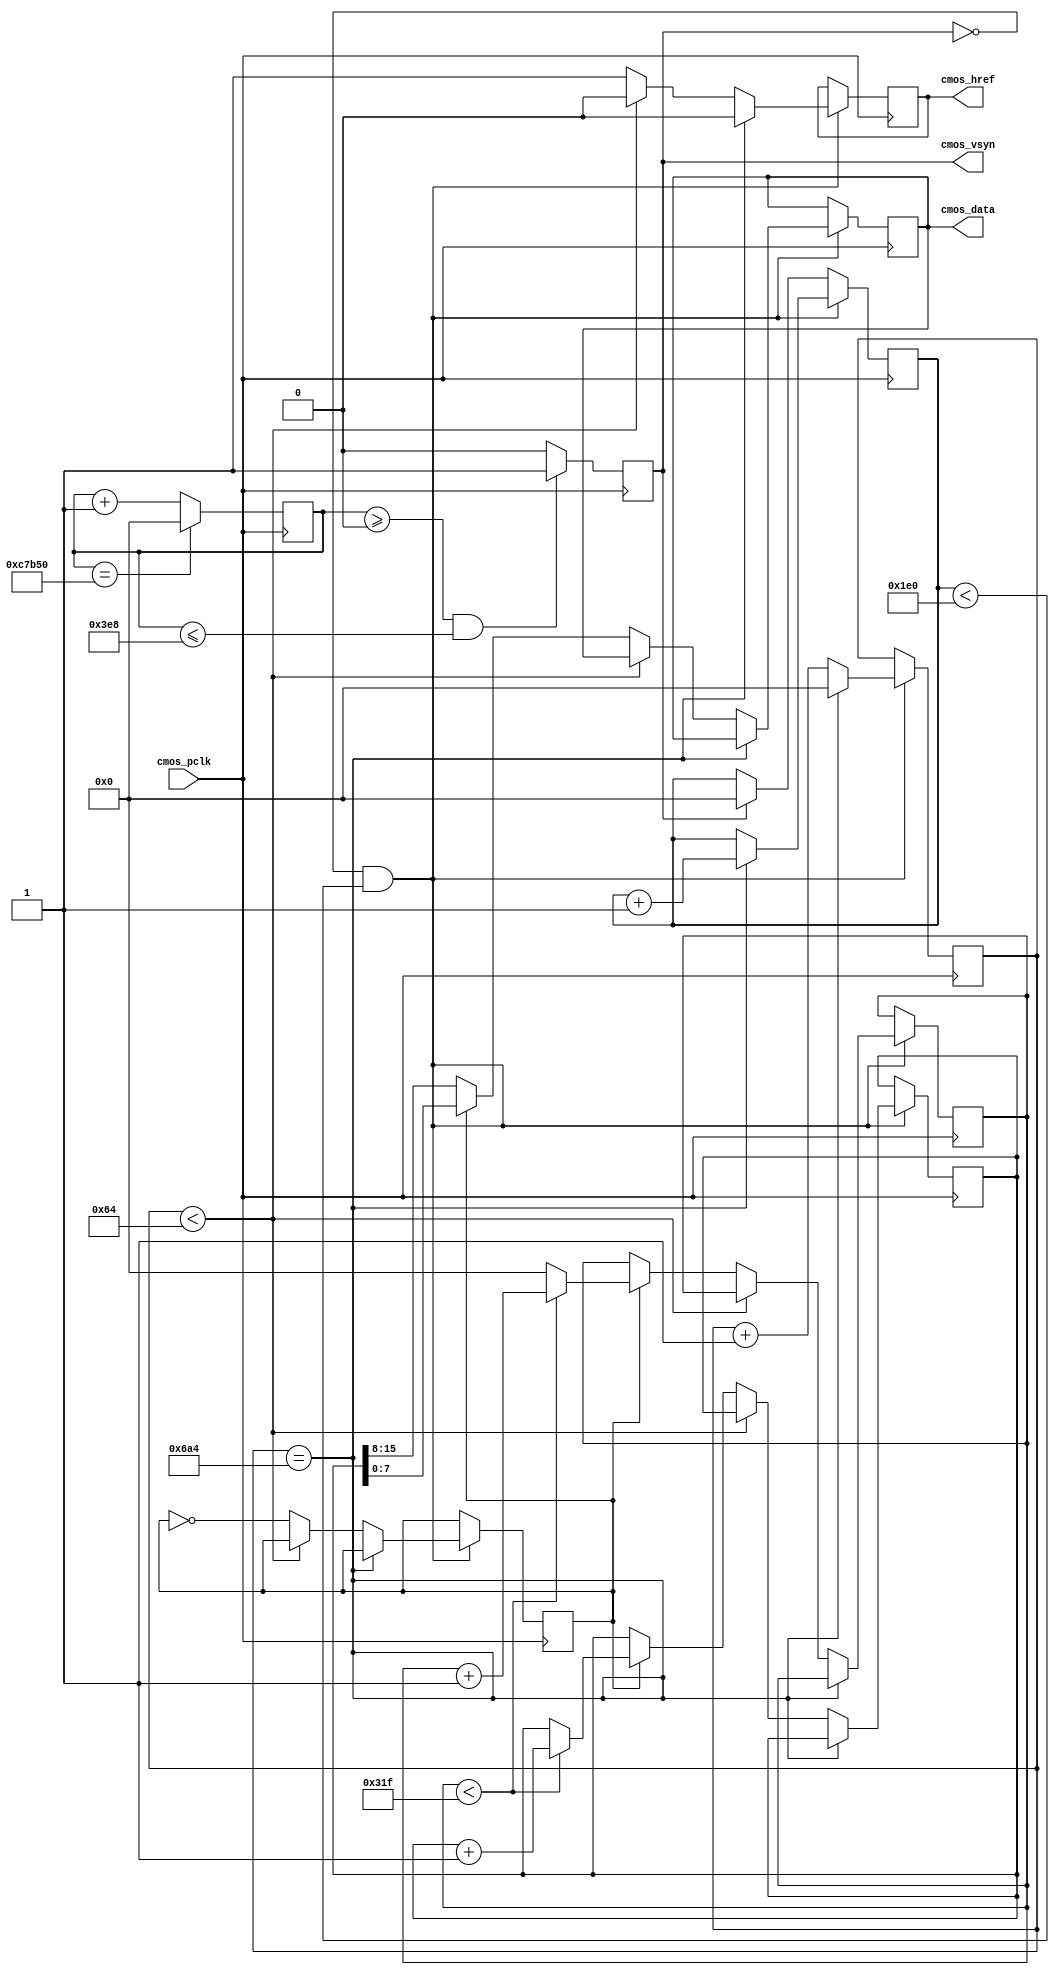
module generate_cam
(
	cmos_pclk		,
	cmos_data	,
	cmos_href	,
	cmos_vsyn
);

	input					cmos_pclk;
	output reg[7:0]		cmos_data;
	output		 reg	cmos_href;	
	output		 reg	cmos_vsyn;	
	parameter	hor_num 	 = 800;
	parameter	ver_num 	 = 480;
	parameter	horX2_100 	 = hor_num*2+100;
	parameter	total_length = (ver_num * horX2_100) + 2000;
	
	reg[31:0] cnt = 0;
	reg[31:0] cnt_row = 0;
	reg[31:0] cnt_pix = 0;
	reg[15:0] cam_data = 16'h8000;
	reg[15:0] cam_data2 = 16'h8000;
	reg[31:0] cnt_cam = 0;
	reg		  cam_data_bit = 0;
	
	reg[15:0]	red 	= 	16'h1111_1000_0000_0000;
	reg[15:0]	green 	= 	16'h0000_0111_1110_0000;
	reg[15:0]	blue 	= 	16'h0000_0000_0001_1111;
	always @(posedge cmos_pclk) begin
		if(cnt == total_length) begin
			cnt <= 0;
		end
		else begin
			cnt <= cnt + 1;
		end
		
		if( cnt >= 0 && cnt <= 1000) begin  // after  sdram initialized
			cmos_vsyn <= 1;
		end
		else begin
			cmos_vsyn <= 0;
		end
		
		if(cmos_vsyn == 0 && cnt_row < ver_num) begin
			if(cnt_pix == horX2_100 ) begin
				cnt_row <= cnt_row + 1;
				cnt_pix <= 0;
				cmos_href <= 0;
			end
			else begin
				cnt_pix <= cnt_pix + 1;
				if(cnt_pix < 100) begin
					cmos_href <= 0;
				end
				else begin
					cam_data_bit <= ~cam_data_bit;
					cmos_href <= 1;
					if(cam_data_bit == 0) begin
						cmos_data <= cam_data2[15:8];
					end
					else if(cam_data_bit == 1) begin
						cmos_data <= cam_data2[7:0];
						if(cnt_cam[31:0] < hor_num - 1) begin
							cnt_cam[31:0] <= cnt_cam[31:0] + 1;
							cam_data2 <= cam_data2 + 1;
							if(cnt_cam[31:0] < 79)  begin cam_data[15:0] <=  16'b1000_0000_0000_0000; end  //red
							else if(cnt_cam[31:0] < 159) begin cam_data[15:0] <=  16'b0100_0000_0000_0000; end  //red
							else if(cnt_cam[31:0] < 239) begin cam_data[15:0] <=  16'b0010_0000_0000_0000; end  //red
							else if(cnt_cam[31:0] < 319) begin cam_data[15:0] <=  16'b0001_0000_0000_0000; end  //red
							else if(cnt_cam[31:0] < 399) begin cam_data[15:0] <=  16'b0000_1000_0000_0000; end  //red
							else if(cnt_cam[31:0] < 479) begin cam_data[15:0] <=  16'b0000_0100_0000_0000; end  //green
							else if(cnt_cam[31:0] < 559) begin cam_data[15:0] <=  16'b0000_0010_0000_0000; end  //green
							else if(cnt_cam[31:0] < 639) begin cam_data[15:0] <=  16'b0000_0001_0000_0000; end  //green				
							else if(cnt_cam[31:0] < 719) begin cam_data[15:0] <=  16'b0000_0000_1000_0000; end  //green
							else if(cnt_cam[31:0] < 799) begin cam_data[15:0] <=  16'b0000_0000_0100_0000; end  //green
							else if(cnt_cam[31:0] < 879) begin cam_data[15:0] <=  16'b0000_0000_0010_0000; end  //green
							else if(cnt_cam[31:0] < 959) begin cam_data[15:0] <=  16'b0000_0000_0001_0000; end  //blue
							else if(cnt_cam[31:0] < 1039) begin cam_data[15:0] <= 16'b0000_0000_0000_1000; end  //blue
							else if(cnt_cam[31:0] < 1119) begin cam_data[15:0] <= 16'b0000_0000_0000_0100; end  //blue
							else if(cnt_cam[31:0] < 1199) begin cam_data[15:0] <= 16'b0000_0000_0000_0010; end  //blue
							else if(cnt_cam[31:0] < 1279) begin cam_data[15:0] <= 16'b0000_0000_0000_0001; end  //blue
						end
						else begin
							cnt_cam[31:0] <= 0;
							cam_data[15:0] <= 0;
						end
					end
				end
			end
		end
		else if(cmos_vsyn == 1) begin
			cnt_row <= 0;
		end
	end
	
	
endmodule